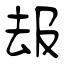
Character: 叝